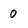
Character: 0